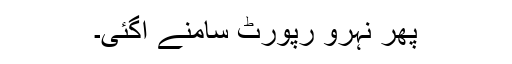
پھر نہرو رپورٹ سامنے آگئی۔